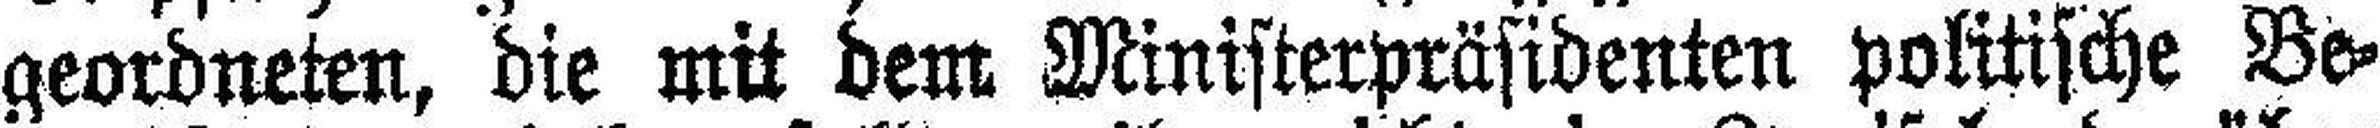
geordneten, die mit dem Ministerpräsidenten politische Be¬